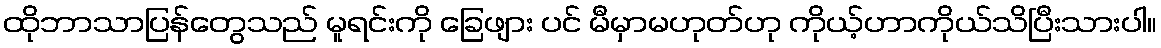
ထိုဘာသာပြန်တွေသည် မူရင်းကို ခြေဖျား ပင် မီမှာမဟုတ်ဟု ကိုယ့်ဟာကိုယ်သိပြီးသားပါ။